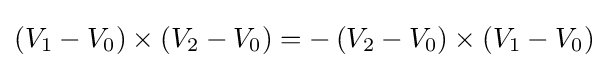
\left(V_{1}-V_{0}\right)\times \left(V_{2}-V_{0}\right)=-\left(V_{2}-V_{0}\right)\times \left(V_{1}-V_{0}\right)